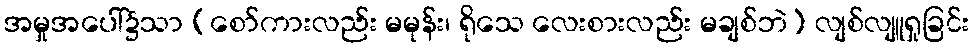
အမှုအပေါ်၌သာ (စော်ကားလည်း မမုန်း၊ ရိုသေ လေးစားလည်း မချစ်ဘဲ) လျစ်လျူရှုခြင်း